Vaccination in Burma 1920-1933 - 1920-1933
Year: 1920
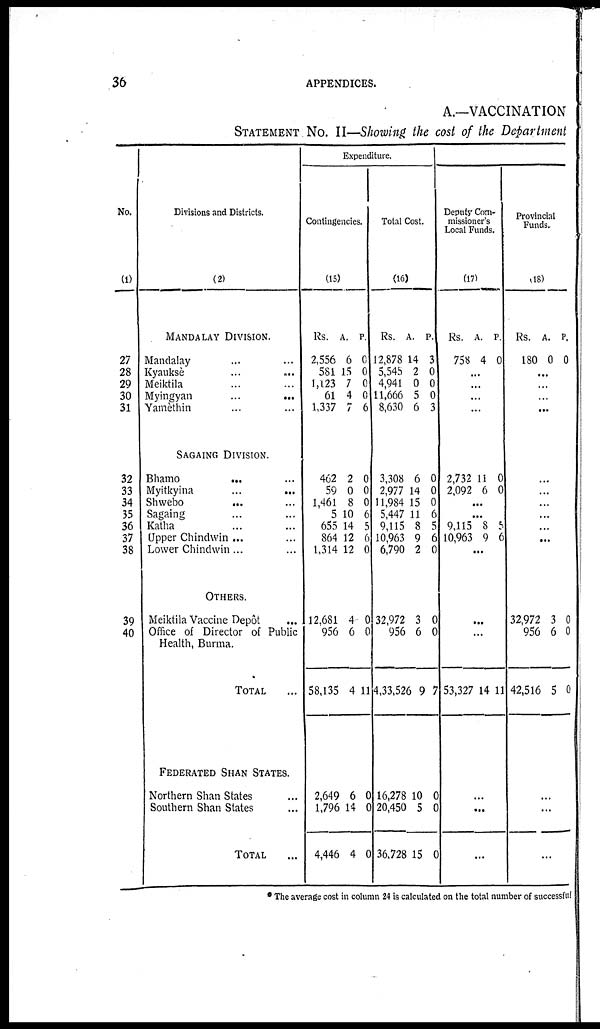
36
APPENDICES.
A.—VACCINATION
STATEMENT No. II—Showing the cost of the Department
No.
(1)
27
28
29
30
31
32
33
34
35
36
37
38
39
40
Divisions and Districts.
(2)
MANDALAY DIVISION.
Mandalay... ...
Kyauksè... ...
Meiktila... ...
Myingyan
...
...
Yamèthin... ...
SAGAING DIVISION.
Bhamo ... ...
Myitkyina... ...
Shwebo... ...
Sagaing... ...
Katha... ...
Upper Chindwin ...
Lower Chindwin...
OTHERS.
Meiktila Vaccine Depôt
...
Office of Director of Public
Health, Burma.
TOTAL...
FEDERATED SHAN STATES.
Northern Shan States ...
Southern Shan States ...
TOTAL...
Expenditure.
Contingencies.
(15)
Rs.
2,556
581
1,123
61
1,337
462
59
1,461
5
655
864
1,314
12,681
956
58,135
2,649
1,796
4,446
A.
6
15
7
4
7
2
0
8
10
14
12
12
4
6
4
6
14
4
P.
0
0
0
0
6
0
0
0
6
5
6
0
0
0
11
0
0
0
Total Cost.
(16)
Rs.
12,878
5,545
4,941
11,666
8,630
3,308
2,977
11,984
5,447
9,115
10,963
6,790
32,972
956
4,33,526
16,278
20,450
36,728
A.
14
2
0
5
6
6
14
15
11
8
9
2
3
6
9
10
5
15
P.
3
0
0
0
3
0
0
0
6
5
6
0
0
0
7
0
0
0
Deputy Com-
missioner's
Local Funds.
(17)
Rs.
758
A.
4
P.
0
...
...
...
...
2,732
2,092
11
6
0
0
...
...
9,115
10,963
8
9
5
6
...
...
...
53,327 14 11
...
...
...
Provincial
Funds.
(18)
Rs.
180
A.
0
P.
0
...
...
...
...
...
...
...
...
...
...
...
32,972
956
42,516
3
6
5
0
0
0
...
...
...
* The average cost in column 24 is calculated on the total number of successful